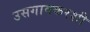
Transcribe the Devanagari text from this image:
उसगावकरशी